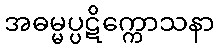
အဓမ္မပ္ပဋိက္ကောသနာ